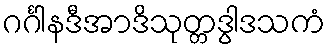
ဂင်္ဂါနဒီအာဒိသုတ္တဒွါဒသကံ